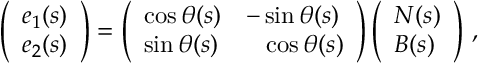
\begin{array} { r } { \left( \begin{array} { l } { e _ { 1 } ( s ) } \\ { e _ { 2 } ( s ) } \end{array} \right) = \left( \begin{array} { l l } { \cos \theta ( s ) } & { - \sin \theta ( s ) } \\ { \sin \theta ( s ) } & { \phantom { + } \cos \theta ( s ) } \end{array} \right) \left( \begin{array} { l } { N ( s ) } \\ { B ( s ) } \end{array} \right) \, , } \end{array}